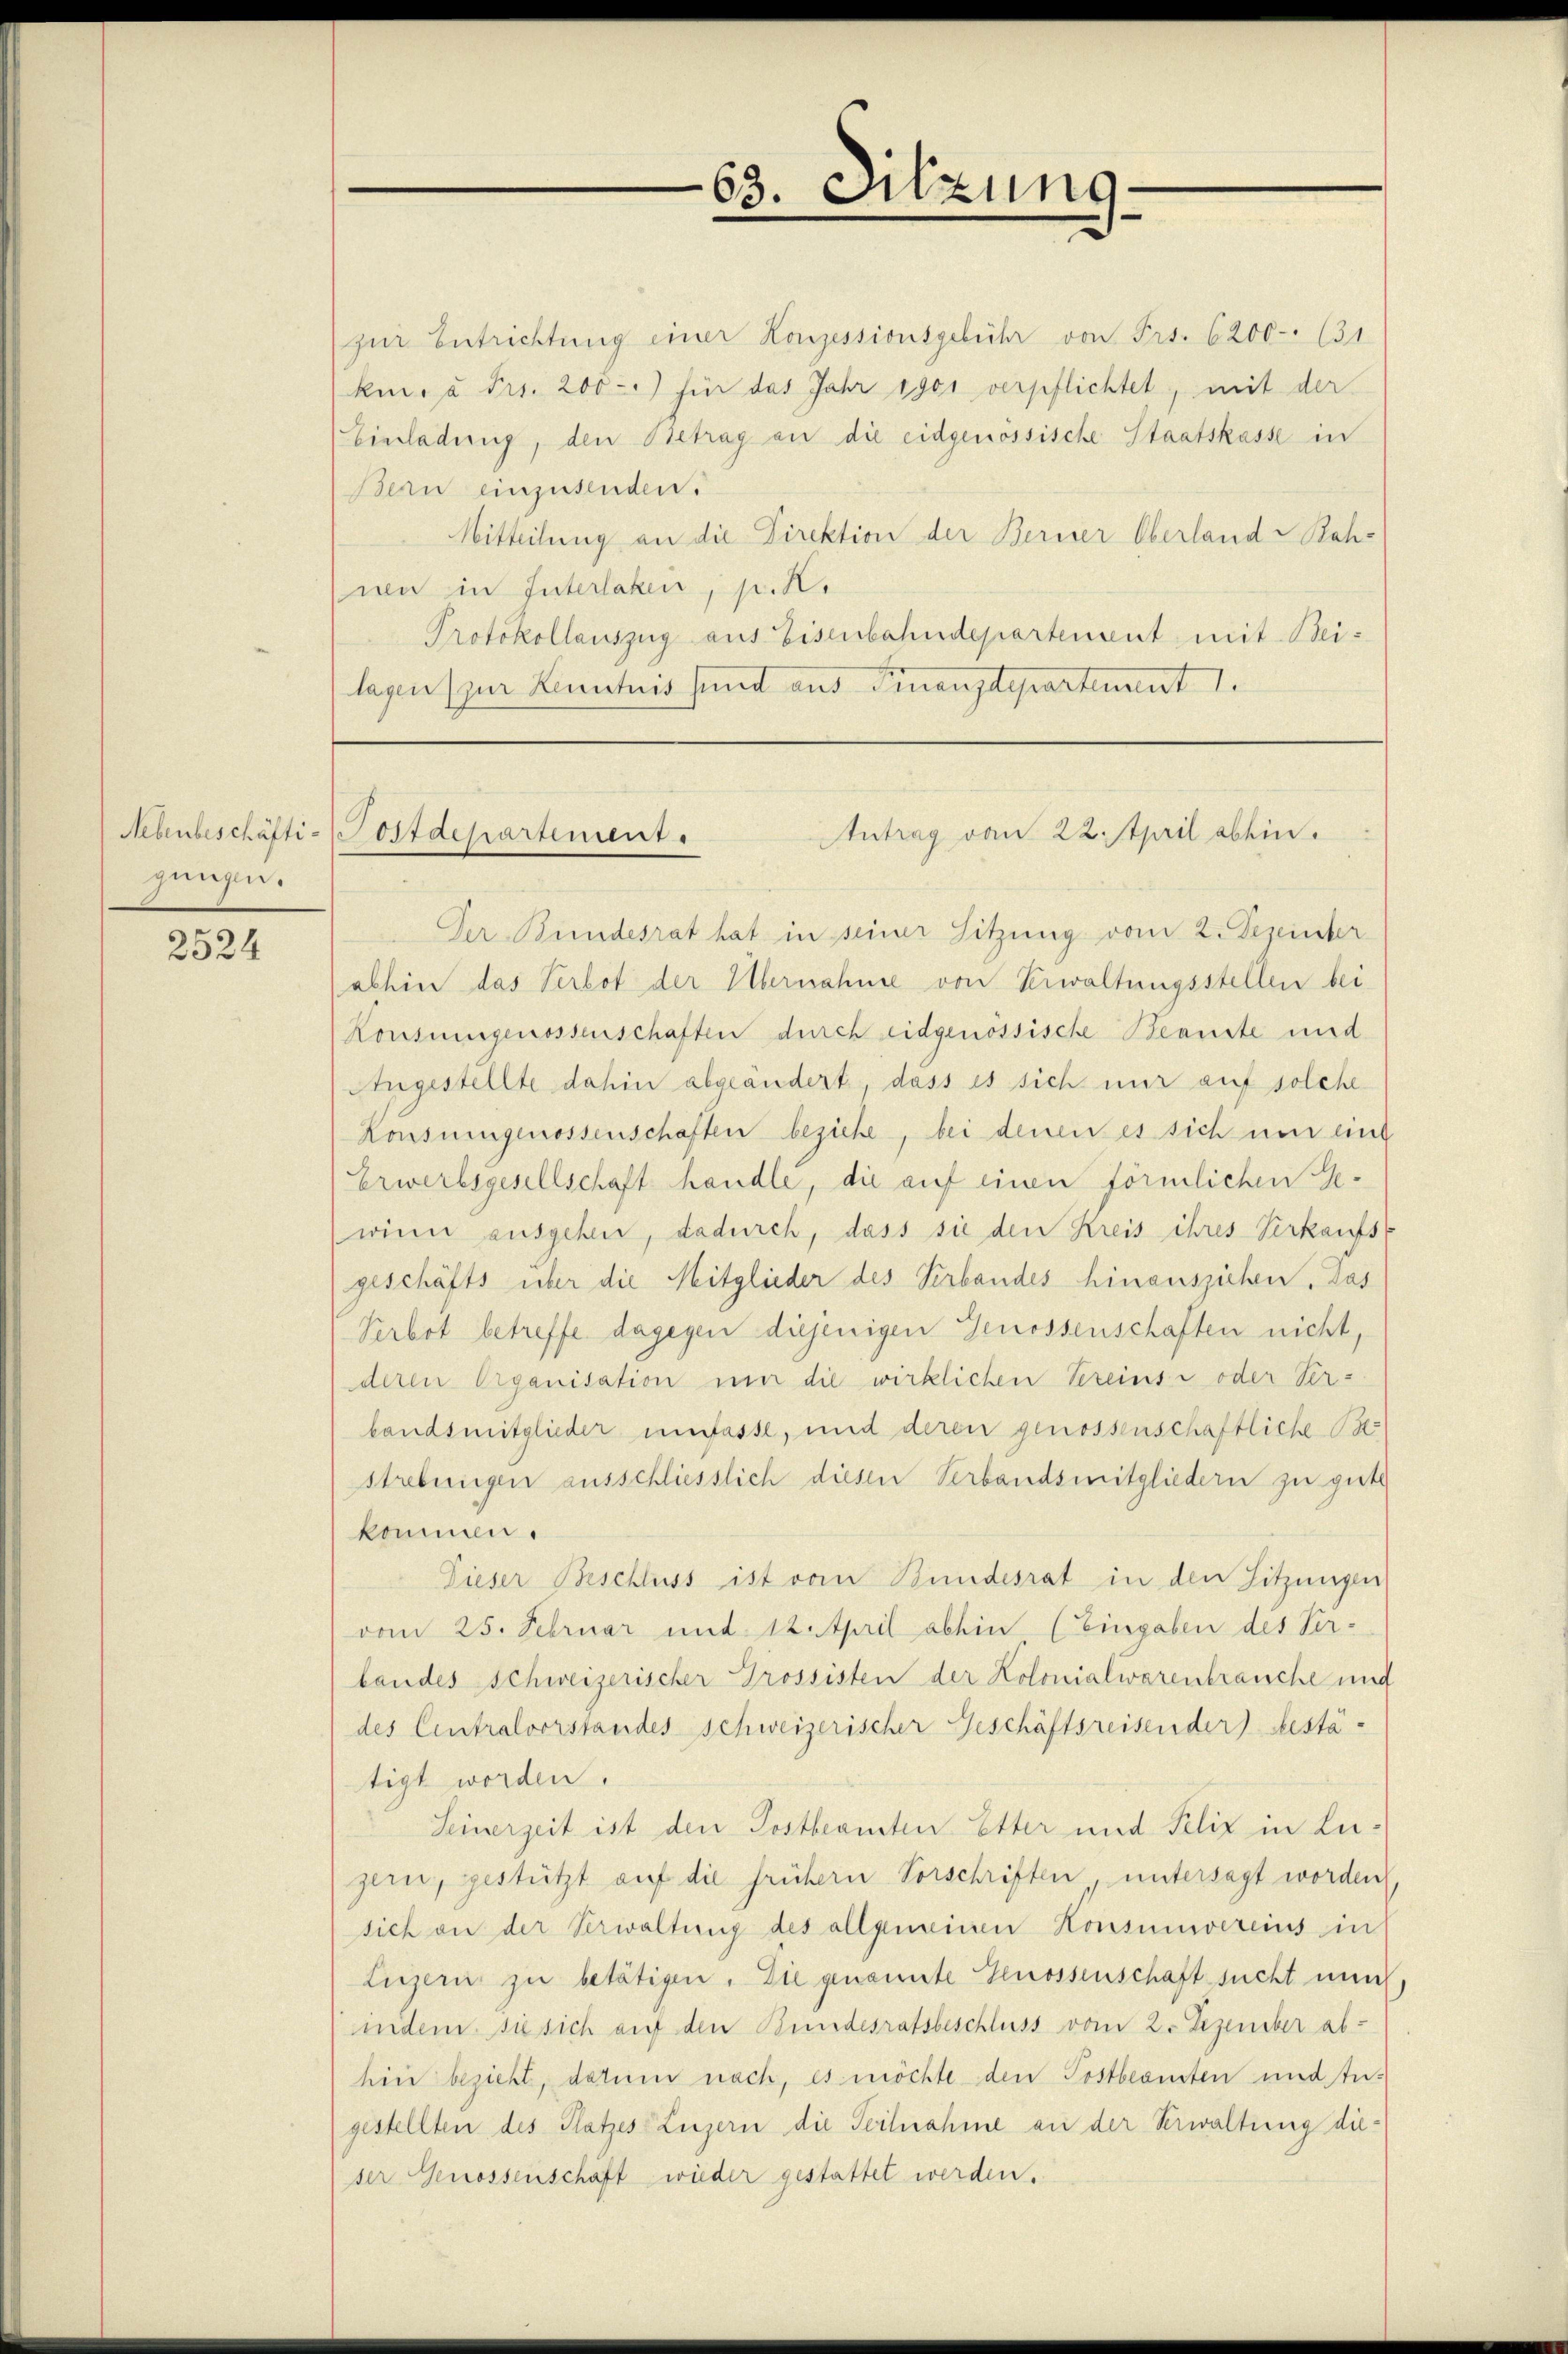
Nebenbeschäftigungen.

2524

zur Entrichtung einer Konzessionsgebühr von Frs. 6200 (31
km. u. Fr. 200-) für das Jahr egoi verpflichtet, mit der
Einladung, den Betrag an die eidgenössische Staatskasse in
Bern einzusenden.
Mitteilung an die Direktion der Berner Oberland Rah-
wi in Interlaken, p. K.
Protokollauszug aus Eisenbahndepartement, mit Beilagen zur Kenntnis sind aus Finanzdepartement 1.

63. Sitzung

Antrag von 22. April abhin.
Postdepartement.

Der Bundesrat hat in seiner Sitzung vom 2. Dezeinter
abhin das Verbot der Übernahme von Verwaltungsstellen bei
Konsungenossenschaften durch eidgenössische Beanste und
Ahngestellte dahin abgeändert, dass es sich nur auf solche
Konsungenossenschaften beziehe, bei denen es sich nur eine
Erwerbsgesellschaft handle, die auf einen förmlichen Ge-
winn ausgehen, dadurch, dass sie den Kreis ihres Verkaufst
geschäfts über die Mitglieder des Herbandes hinausziehen. Das
Serbot betreffe dagegen diejenigen Genossenschaften nicht,
deren Organisation um die wirklichen Vereinsi oder Ver-
bandsmitglieder umfasse, und deren genossenschaftliche Be
strebungen ausschliesslich diesen Verbandsmitgliedern zu gute
kommen.
Dieser Beschluss ist vom Bundesrat in den Sitzungen
vom 25. Februar und 12. April abhin (Eingaben des Ver-
bandes Schweizerischer Grossisten der Kolonialwarenbrauche und
des Centralvorstandes schweizerischer Geschäftsreisender) bestä-
tigt worden.
Seinerzeit ist den Postbeamten Etter und Felix in Luzern, gestützt auf die frühern Vorschriften, untersagt worden
sich an der Verwaltung des allgemeinen Konsumvereins in
Luzern zu betätigen. Die genannte Genossenschaft sucht nun
ndem sie sich auf den Bundesratsbeschluss vom 2. Dezember ab-
hin bezieht, darum nach, es möchte den Postbeamten und tugestellten des Platzes Luzern die Teilnahme an der Verwaltung die
ser Genossenschaft wieder gestattet werden.